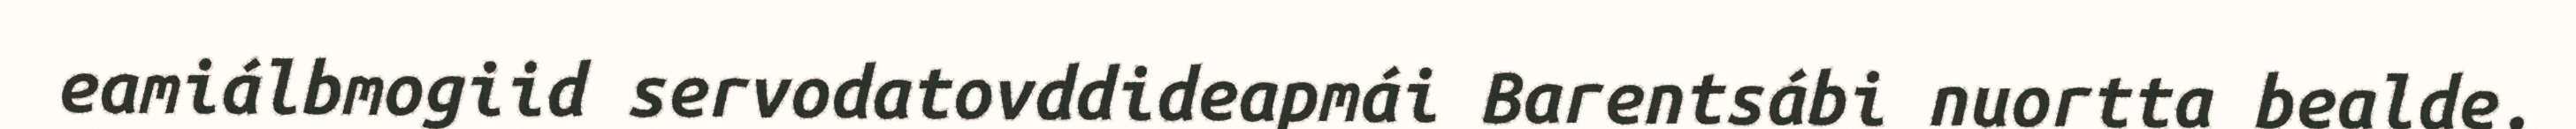
eamiálbmogiid servodatovddideapmái Barentsábi nuortta bealde.